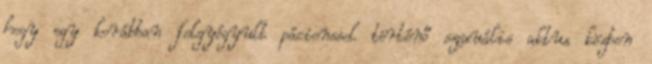
hogy egy korábban felgyógyult pácienssel történő szexuális aktus közben